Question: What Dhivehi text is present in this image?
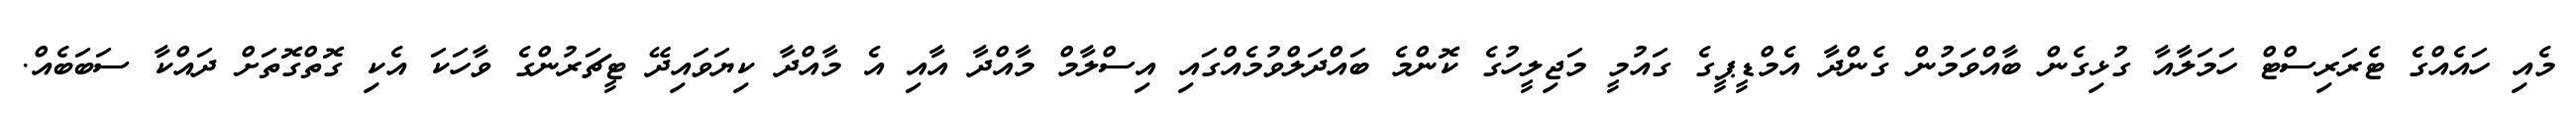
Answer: މެއި ހައެއްގެ ޓެރަރިސްޓް ހަމަލާއާ ގުޅިގެން ބާއްވަމުން ގެންދާ އެމްޑީޕީގެ ގައުމީ މަޖިލީހުގެ ކޮންމެ ބައްދަލްވުމެއްގައި އިސްލާމް މާއްދާ އާއި އެ މާއްދާ ކިޔަވައިދޭ ޓީޗަރުންގެ ވާހަކަ އެކި ގޮތްގޮތަށް ދައްކާ ސަބަބެއް.